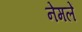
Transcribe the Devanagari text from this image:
नेमलें